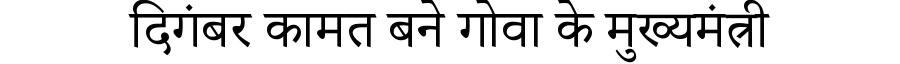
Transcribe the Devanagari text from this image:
दिगंबर कामत बने गोवा के मुख्यमंत्री